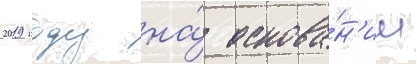
2019 году на́ основа́н'ии